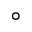
^ { \circ }